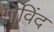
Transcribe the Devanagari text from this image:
गॊविंद